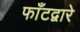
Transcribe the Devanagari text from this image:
फाँटद्वारे